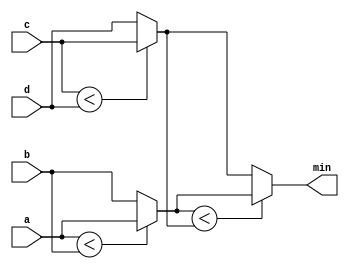
module top_module (
    input [7:0] a, b, c, d,
    output [7:0] min);//
	
    wire[7:0]t[1:0];
    always@(*) begin
        t[0]=(a<b)?a:b;
        t[1]=(c<d)?c:d;
        min=(t[0]<t[1])?t[0]:t[1];

    end
    

endmodule